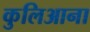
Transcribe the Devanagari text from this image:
कुलिआना